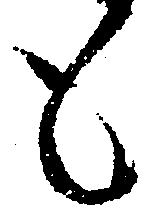
も